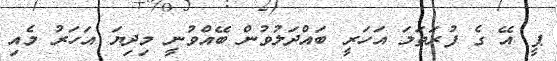
ޕީ އޭ ގެ ފުރަތަމަ އަހަރީ ބައްދަލުވުން ބޭއްވުނީ މިދިޔަ އަހަރު މެއި